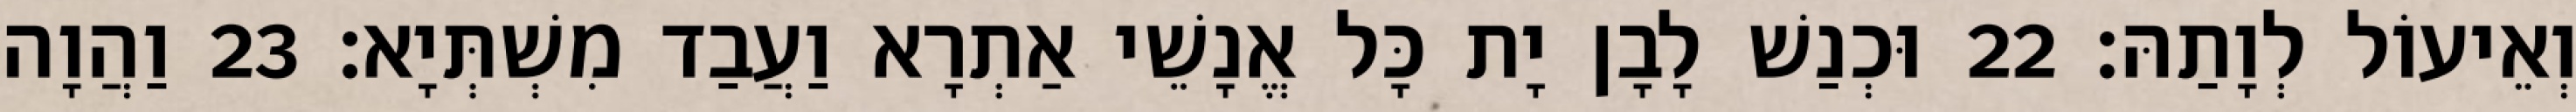
וְאֵיעוֹל לְוָתַהּ׃ 22 וּכְנַשׁ לָבָן יָת כָּל אֱנָשֵׁי אַתְרָא וַעֲבַד מִשְׁתְּיָא׃ 23 וַהֲוָה